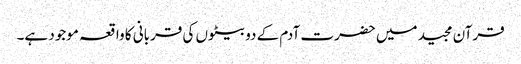
قرآن مجید میں حضرت آدم کے دو بیٹوں کی قربانی کا واقعہ موجود ہے۔